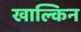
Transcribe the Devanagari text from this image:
खाल्किन